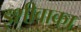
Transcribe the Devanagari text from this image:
इशीवाका